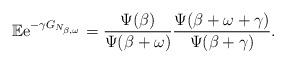
LaTeX: \begin{align*}{\mathbb E} {\rm e}^{- \gamma G_{N_{\beta,\omega}}} = \frac{\Psi(\beta)}{\Psi(\beta+\omega)} \frac{\Psi(\beta+\omega+\gamma)}{\Psi(\beta+\gamma)}.\end{align*}